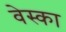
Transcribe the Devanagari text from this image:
वेस्का